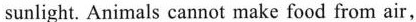
sunlight. Animals cannot make food from air,